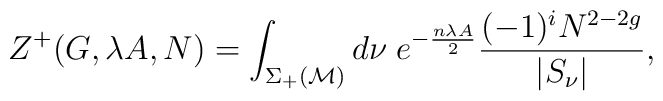
Z ^+(G,\lambda A, N) = \int_{\Sigma_+ ({\cal M})}  d \nu\; e^{- \frac{n \lambda A}{2} }\frac{(-1)^{i} N^{2 -2 g}}{ |S_\nu |} ,